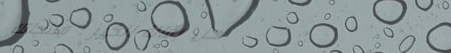
محل بقالة الخير : منتجاتك